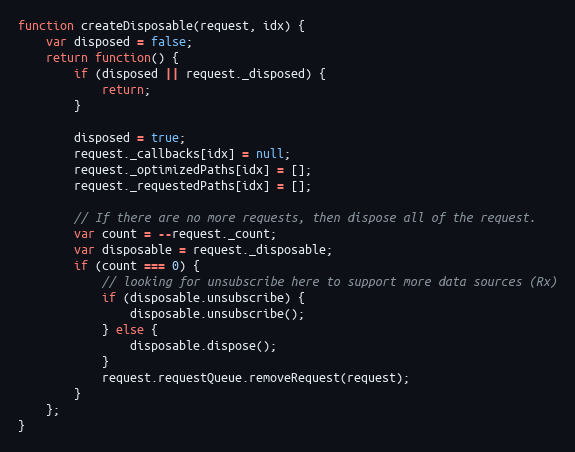
Language: JavaScript
function createDisposable(request, idx) {
    var disposed = false;
    return function() {
        if (disposed || request._disposed) {
            return;
        }

        disposed = true;
        request._callbacks[idx] = null;
        request._optimizedPaths[idx] = [];
        request._requestedPaths[idx] = [];

        // If there are no more requests, then dispose all of the request.
        var count = --request._count;
        var disposable = request._disposable;
        if (count === 0) {
            // looking for unsubscribe here to support more data sources (Rx)
            if (disposable.unsubscribe) {
                disposable.unsubscribe();
            } else {
                disposable.dispose();
            }
            request.requestQueue.removeRequest(request);
        }
    };
}